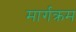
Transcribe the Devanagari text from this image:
मार्गक्रम